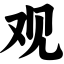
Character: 观